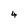
Character: 4